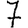
Digit: 7